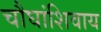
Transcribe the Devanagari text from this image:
चौघांशिवाय